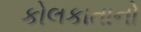
કોલકાતાનો